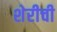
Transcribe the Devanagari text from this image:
शेरीची